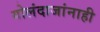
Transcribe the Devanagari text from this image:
गोलंदाजांनाही